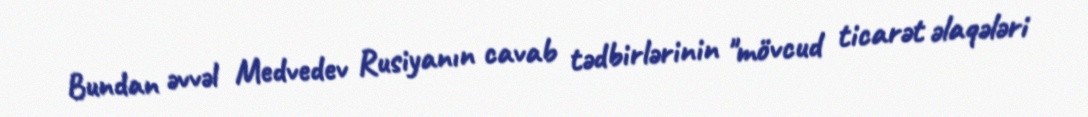
Bundan əvvəl Medvedev Rusiyanın cavab tədbirlərinin "mövcud ticarət əlaqələri